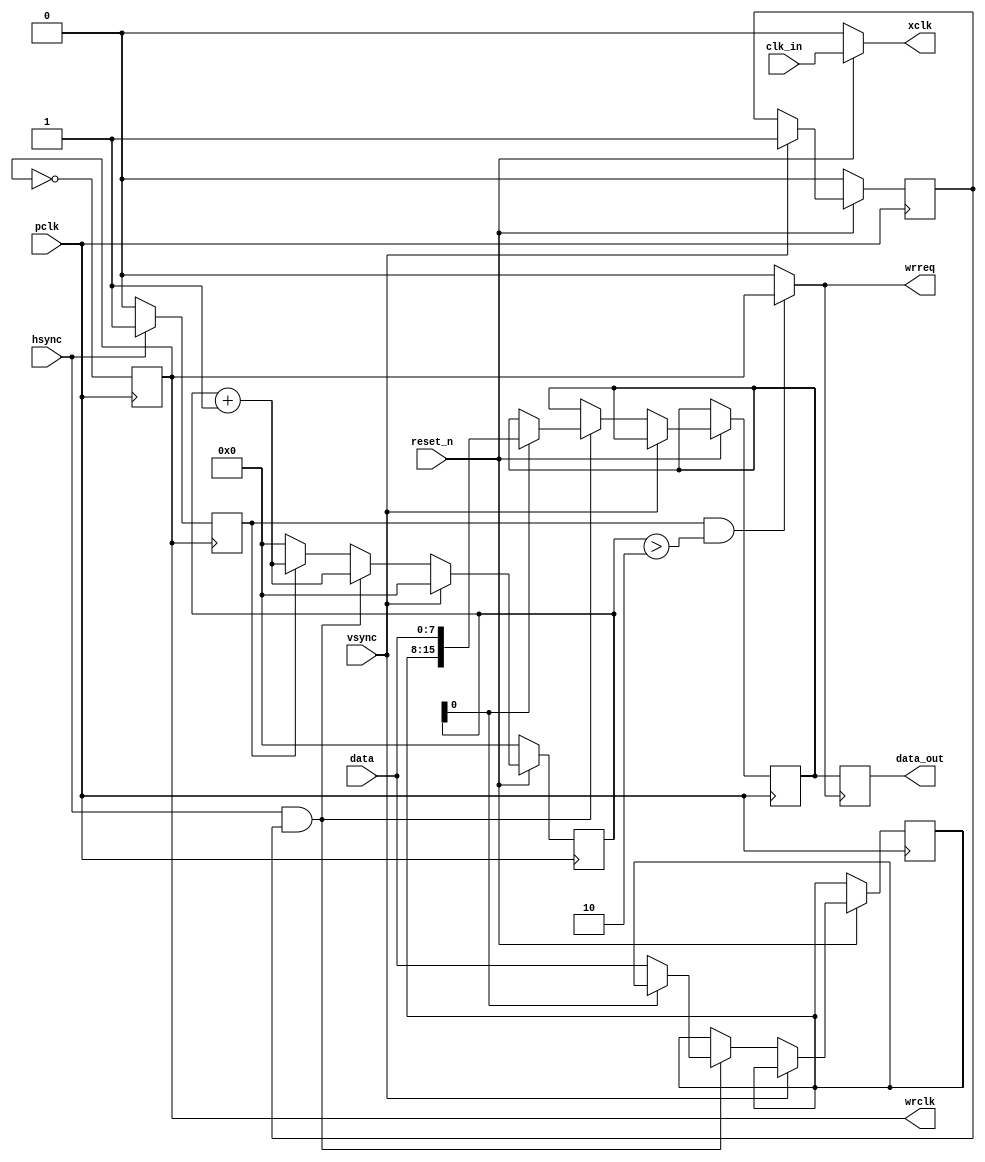
module cameraReader
#(
parameter x_size = 800,
parameter y_size = 480
)
(
	input clk_in,
	input reset_n,
	
	output xclk,
	
	input pclk,
	input [7:0] data,
	input vsync,
	input hsync,
	
	output reg [15:0] data_out = 0,
	output wire wrreq,
	output wire wrclk
);

reg [19:0] pixel_counter = 0;

assign xclk = reset_n == 1 ? clk_in : 0;

reg vsync_passed = 0;
reg write_pixel = 0;

reg wrclk1 = 0;

//2
always@(posedge pclk)
	wrclk1 <= ~wrclk1;

always@(negedge wrclk1)
begin
	if(hsync == 1)
		write_pixel <= 1;
	else
		write_pixel <= 0;
end

reg [7:0] subpixel;
reg [15:0] current_pixel;

always@(posedge wrreq )
begin
	data_out <= current_pixel;
end

always@(posedge pclk)
begin
	if(reset_n == 0)
		begin
			pixel_counter <= 0;
			vsync_passed <= 0;
		end
	else
		begin
			if(vsync == 1)
			begin
				pixel_counter <= 0;
				vsync_passed <= 1;
			end
			else
				if(hsync == 1 && vsync_passed == 1)
				begin
					if(pixel_counter[0] == 0)
					begin
						pixel_counter <= pixel_counter + 1;
						subpixel <= data;
					end
					else
					begin
						current_pixel <= { subpixel, data};
						pixel_counter <= pixel_counter + 1;
					end
				end
				else
				begin
				if(write_pixel == 1)
					pixel_counter <= pixel_counter + 1;
				else
					pixel_counter <= 0;
				end
		end
end

assign wrreq = write_pixel == 1 && pixel_counter > 2 ? wrclk1 : 0;

assign wrclk = wrclk1;

endmodule